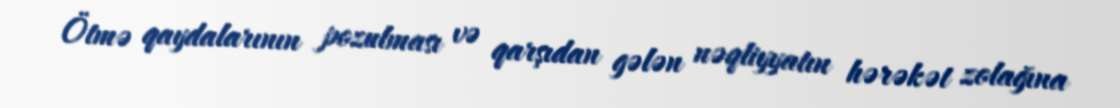
Ötmə qaydalarının pozulması və qarşıdan gələn nəqliyyatın hərəkət zolağına